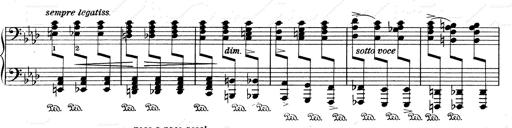
Title: Weinen, Klagen, Sorgen, Zagen
Composer: Franz Liszt